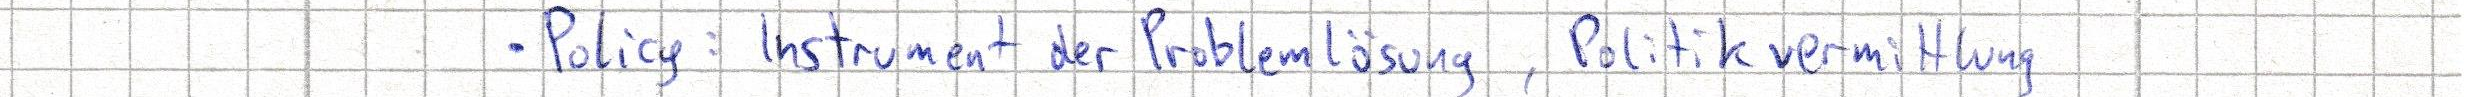
- Policy: Instrument der Problemlösung, Politikvermittlung